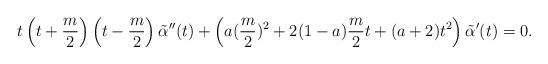
LaTeX: \begin{align*} t \left(t + \frac{m}{2}\right) \left(t - \frac{m}{2}\right) \tilde{\alpha}''(t) + \left( a(\frac{m}{2})^2 + 2(1 - a)\frac{m}{2} t + (a + 2)t^2 \right) \tilde{\alpha}'(t) = 0.\end{align*}